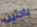
باحثين